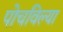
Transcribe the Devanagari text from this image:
पोचविल्या